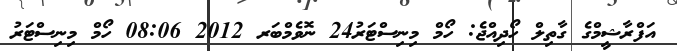
އަފްރާޝީމްގެ ގާތިލް ހޯދިއްޖެ: ހޯމް މިނިސްޓަރު24 ނޮވެމްބަރ 2012 08:06 ހޯމް މިނިސްޓަރު